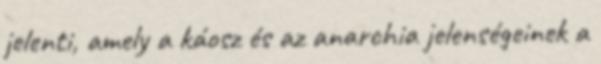
jelenti, amely a káosz és az anarchia jelenségeinek a